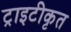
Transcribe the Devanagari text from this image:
ट्राइटीकृत